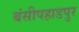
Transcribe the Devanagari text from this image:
बंसीपहाडपुर